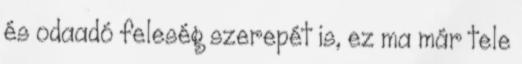
és odaadó feleség szerepét is, ez ma már tele